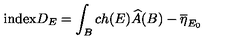
\mathrm { i n d e x } D _ { E } = \int _ { B } c h ( E ) \widehat { A } ( B ) - \overline { \eta } _ { E _ { 0 } }